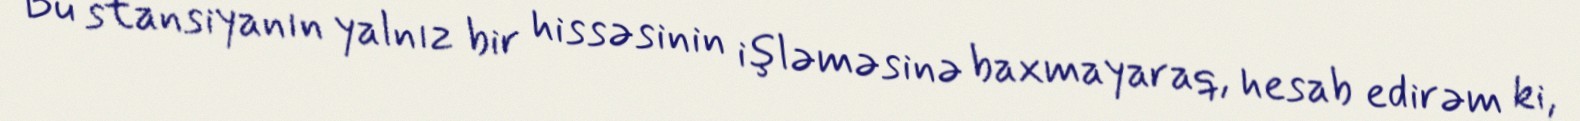
Bu stansiyanın yalnız bir hissəsinin işləməsinə baxmayaraq, hesab edirəm ki,